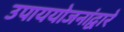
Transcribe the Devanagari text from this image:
उपाययोजनांद्वारे